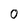
Character: 0